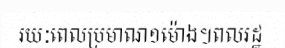
រយៈពេលប្រមាណ១ម៉ោង។ពលរដ្ឋ